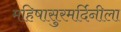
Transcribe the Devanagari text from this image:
महिषासुरमर्दिनीला